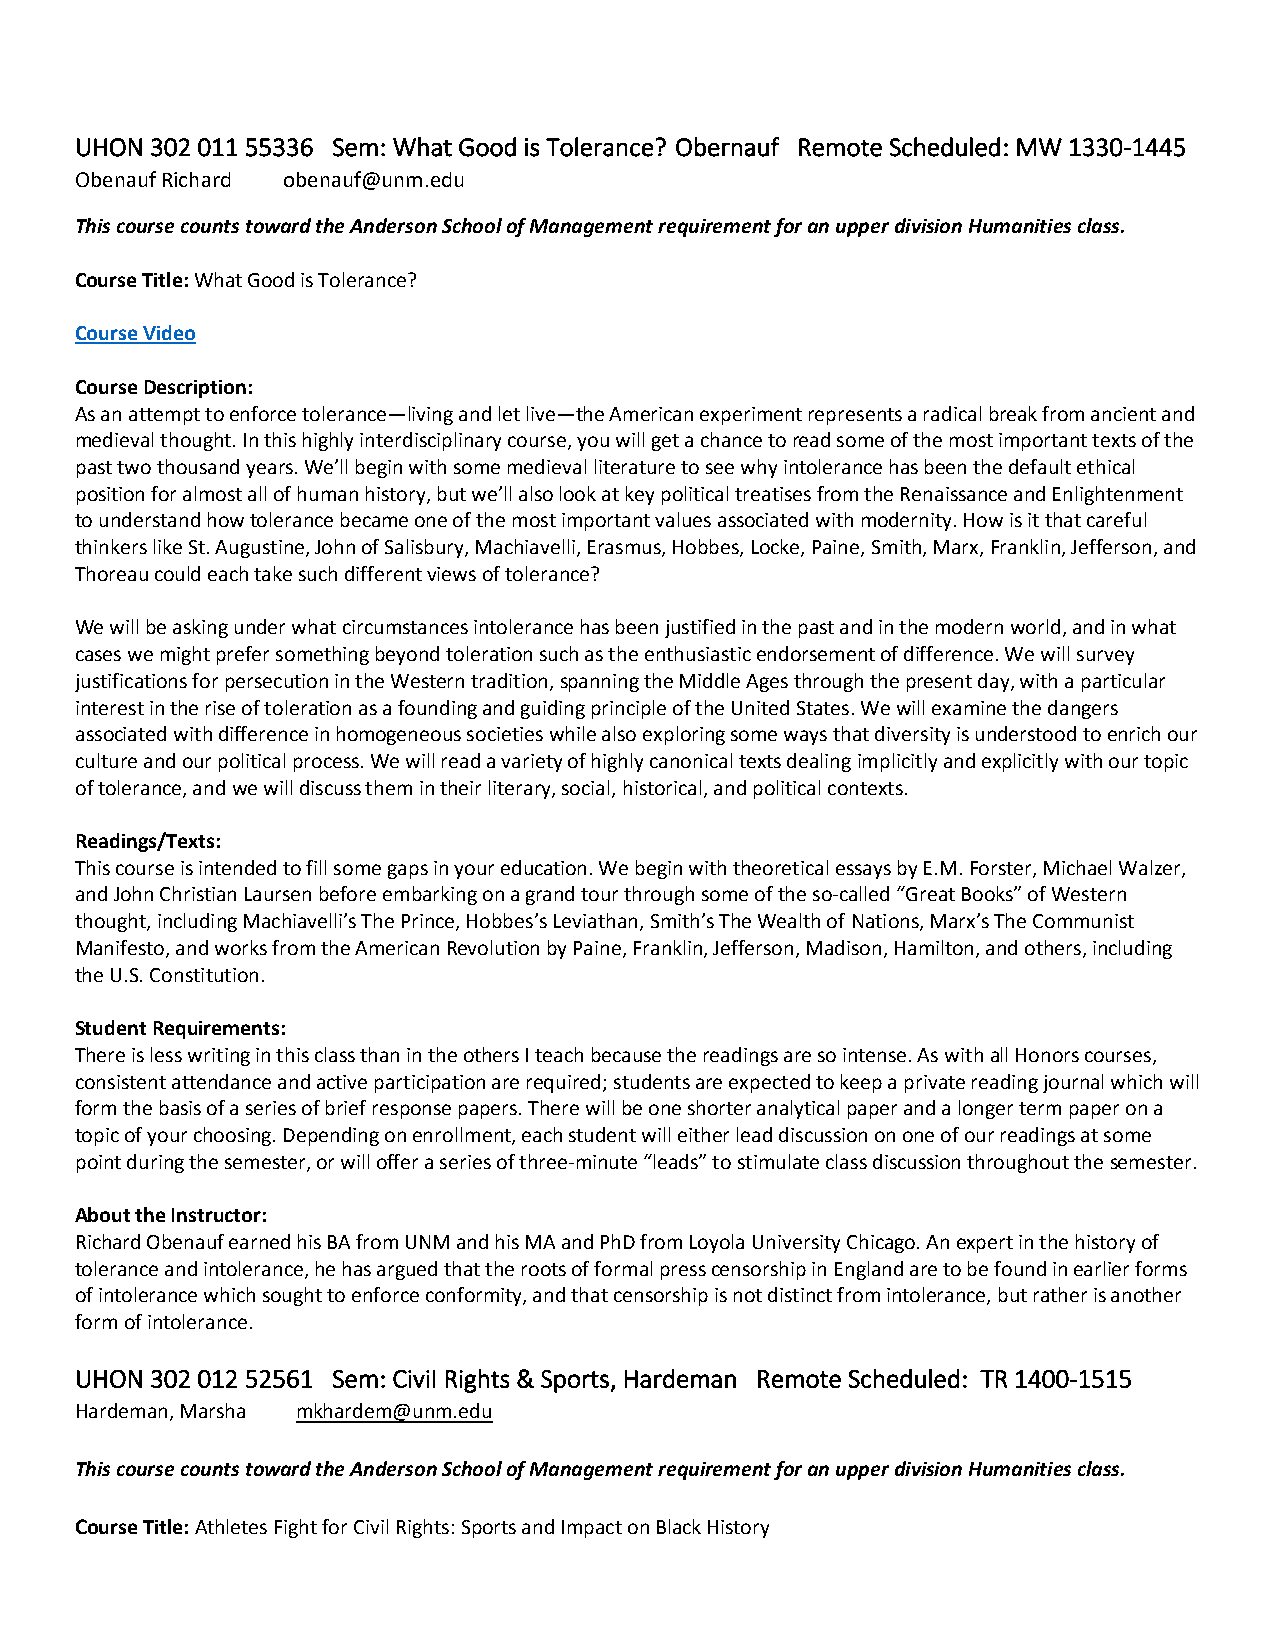
UHON 302 011 55336 Sem: What Good is Tolerance? Obernauf Remote Scheduled: MW 1330-1445
 Obenauf Richard obenauf@unm.edu
 This course counts toward the Anderson School of Management requirement for an upper division Humanities class.
 Course Title: What Good is Tolerance?
 Course Video
 Course Description:
 As an attempt to enforce tolerance—living and let live—the American experiment represents a radical break from ancient and
 medieval thought. In this highly interdisciplinary course, you will get a chance to read some of the most important texts of the
 past two thousand years. We’ll begin with some medieval literature to see why intolerance has been the default ethical
 position for almost all of human history, but we’ll also look at key political treatises from the Renaissance and Enlightenment
 to understand how tolerance became one of the most important values associated with modernity. How is it that careful
 thinkers like St. Augustine, John of Salisbury, Machiavelli, Erasmus, Hobbes, Locke, Paine, Smith, Marx, Franklin, Jefferson, and
 Thoreau could each take such different views of tolerance?
 We will be asking under what circumstances intolerance has been justified in the past and in the modern world, and in what
 cases we might prefer something beyond toleration such as the enthusiastic endorsement of difference. We will survey
 justifications for persecution in the Western tradition, spanning the Middle Ages through the present day, with a particular
 interest in the rise of toleration as a founding and guiding principle of the United States. We will examine the dangers
 associated with difference in homogeneous societies while also exploring some ways that diversity is understood to enrich our
 culture and our political process. We will read a variety of highly canonical texts dealing implicitly and explicitly with our topic
 of tolerance, and we will discuss them in their literary, social, historical, and political contexts.
 Readings/Texts:
 This course is intended to fill some gaps in your education. We begin with theoretical essays by E.M. Forster, Michael Walzer,
 and John Christian Laursen before embarking on a grand tour through some of the so-called “Great Books” of Western
 thought, including Machiavelli’s The Prince, Hobbes’s Leviathan, Smith’s The Wealth of Nations, Marx’s The Communist
 Manifesto, and works from the American Revolution by Paine, Franklin, Jefferson, Madison, Hamilton, and others, including
 the U.S. Constitution.
 Student Requirements:
 There is less writing in this class than in the others I teach because the readings are so intense. As with all Honors courses,
 consistent attendance and active participation are required; students are expected to keep a private reading journal which will
 form the basis of a series of brief response papers. There will be one shorter analytical paper and a longer term paper on a
 topic of your choosing. Depending on enrollment, each student will either lead discussion on one of our readings at some
 point during the semester, or will offer a series of three-minute “leads” to stimulate class discussion throughout the semester.
 About the Instructor:
 Richard Obenauf earned his BA from UNM and his MA and PhD from Loyola University Chicago. An expert in the history of
 tolerance and intolerance, he has argued that the roots of formal press censorship in England are to be found in earlier forms
 of intolerance which sought to enforce conformity, and that censorship is not distinct from intolerance, but rather is another
 form of intolerance.
 UHON 302 012 52561 Sem: CiviI Rights & Sports, Hardeman Remote Scheduled: TR 1400-1515
 Hardeman, Marsha mkhardem@unm.edu
 This course counts toward the Anderson School of Management requirement for an upper division Humanities class.
 Course Title: Athletes Fight for Civil Rights: Sports and Impact on Black History